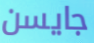
جايسن